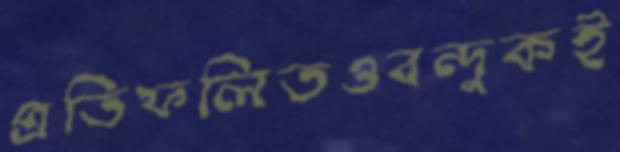
প্রতিফলিতওবন্দুকই